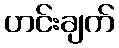
ဟင်းချက်